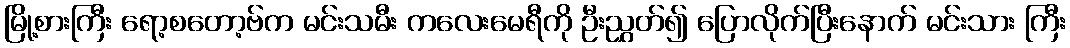
မြို့စားကြီး ရော့စတော့ဗ်က မင်းသမီး ကလေးမေရီကို ဦးညွှတ်၍ ပြောလိုက်ပြီးနောက် မင်းသား ကြီး